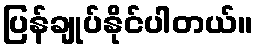
ပြန်ချုပ်နိုင်ပါတယ်။